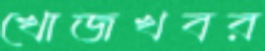
খোজখবর